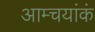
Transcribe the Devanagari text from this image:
आम्चयांकं